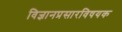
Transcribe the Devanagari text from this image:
विज्ञानप्रसारविषयक